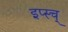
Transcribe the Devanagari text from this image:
इप्स्च्